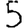
Digit: 5